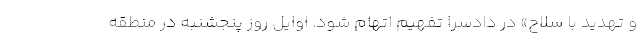
و تهدید با سلاح» در دادسرا تفهیم اتهام شود. اوایل روز پنجشنبه در منطقه